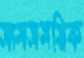
সামসময়িক